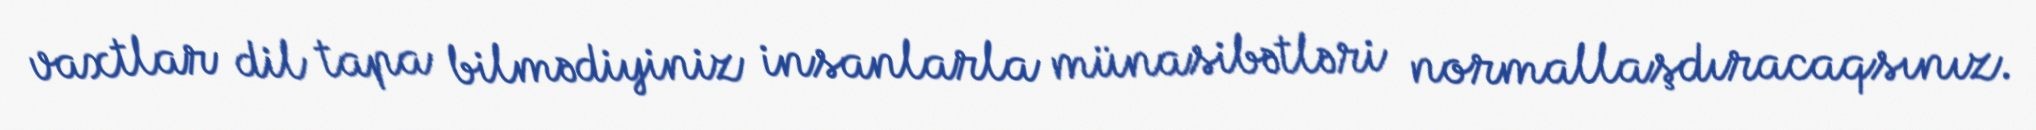
vaxtlar dil tapa bilmədiyiniz insanlarla münasibətləri normallaşdıracaqsınız.